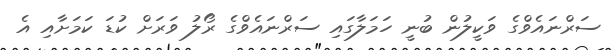
ސަރްނައެވްގެ ވަކީލުން ބުނީ ހަމަލާގައި ސަރްނައެވްގެ ރޯލު ވަރަށް ކުޑަ ކަމަށާއި އެ